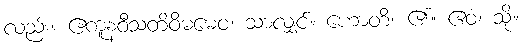
လည်း။ ဧကူနဝီသတိဝိဓမေဝ၊ သာလျှင်။ ဟောတိ၊ ၏။ ဧဝံ၊ သို့။